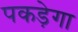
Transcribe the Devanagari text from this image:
पकड़ेगा